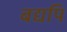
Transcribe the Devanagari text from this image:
बद्यपि